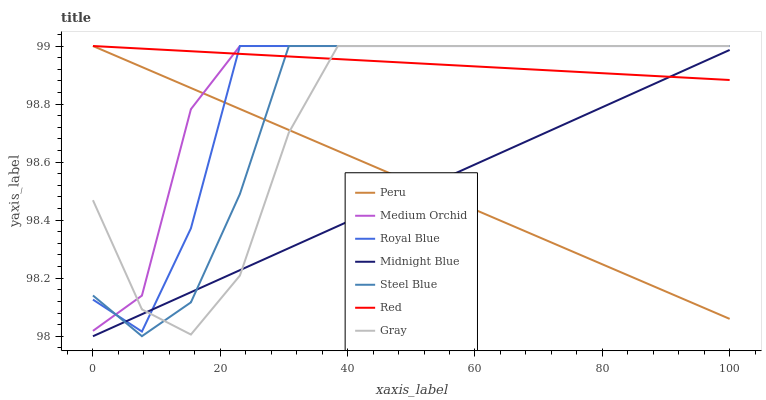
| xaxis_label | Peru | Medium Orchid | Royal Blue | Midnight Blue | Steel Blue | Red | Gray |
 | --- | --- | --- | --- | --- | --- | --- | --- |
 | 0 | 99 | 98 | 98.1 | 98 | 98.1 | 99 | 98.5 |
 | 7.69 | 98.9 | 98.1 | 98 | 98.1 | 98 | 99 | 98.1 |
 | 15.4 | 98.9 | 98.8 | 98.4 | 98.2 | 98.1 | 99 | 98 |
 | 23.1 | 98.8 | 99 | 99 | 98.2 | 98.5 | 99 | 98.2 |
 | 30.8 | 98.7 | 99 | 99 | 98.3 | 99 | 99 | 98.7 |
 | 38.5 | 98.6 | 99 | 99 | 98.4 | 99 | 99 | 99 |
 | 46.2 | 98.6 | 99 | 99 | 98.5 | 99 | 98.9 | 99 |
 | 53.8 | 98.5 | 99 | 99 | 98.5 | 99 | 98.9 | 99 |
 | 61.5 | 98.4 | 99 | 99 | 98.6 | 99 | 98.9 | 99 |
 | 69.2 | 98.3 | 99 | 99 | 98.7 | 99 | 98.9 | 99 |
 | 76.9 | 98.3 | 99 | 99 | 98.8 | 99 | 98.9 | 99 |
 | 84.6 | 98.2 | 99 | 99 | 98.8 | 99 | 98.9 | 99 |
 | 92.3 | 98.1 | 99 | 99 | 98.9 | 99 | 98.9 | 99 |
 | 100 | 98.1 | 99 | 99 | 99 | 99 | 98.9 | 99 |